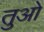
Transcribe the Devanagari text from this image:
तुओ